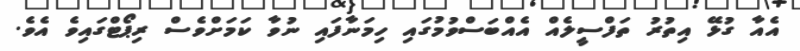
އެއާ ގުޅޭ އިތުރު ތަފްސީލެއް އެއްބަސްވުމުގައި ހިމަނާފައި ނުވާ ކަމަށްވެސް ރިޕޯޓްގައިވެ އެވެ.